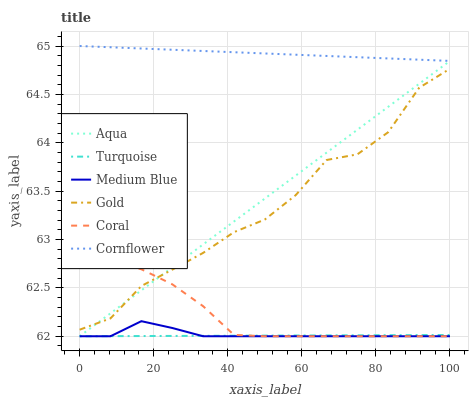
| xaxis_label | Aqua | Turquoise | Medium Blue | Gold | Coral | Cornflower |
 | --- | --- | --- | --- | --- | --- | --- |
 | 0 | 62 | 62 | 62 | 62.1 | 62.8 | 65 |
 | 8.33 | 62.2 | 62 | 62 | 62.2 | 62.8 | 65 |
 | 16.7 | 62.5 | 62 | 62.2 | 62.5 | 62.7 | 65 |
 | 25 | 62.7 | 62 | 62.1 | 62.7 | 62.5 | 65 |
 | 33.3 | 62.9 | 62 | 62 | 62.9 | 62.3 | 64.9 |
 | 41.7 | 63.2 | 62 | 62 | 63.1 | 62 | 64.9 |
 | 50 | 63.4 | 62 | 62 | 63.2 | 62 | 64.9 |
 | 58.3 | 63.7 | 62 | 62 | 63.5 | 62 | 64.9 |
 | 66.7 | 63.9 | 62 | 62 | 63.8 | 62 | 64.9 |
 | 75 | 64.1 | 62 | 62 | 63.9 | 62 | 64.9 |
 | 83.3 | 64.4 | 62 | 62 | 64.1 | 62 | 64.9 |
 | 91.7 | 64.6 | 62 | 62 | 64.6 | 62 | 64.9 |
 | 100 | 64.8 | 62 | 62 | 64.8 | 62 | 64.8 |